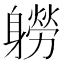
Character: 軂